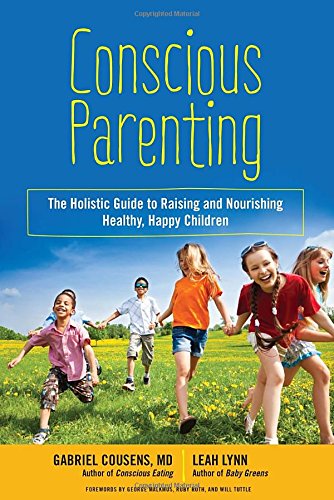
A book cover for Conscious Parenting: The Holistic Guide to Raising and Nourishing Healthy, Happy Children; Gabriel Cousens M.D.; Cookbooks, Food & Wine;